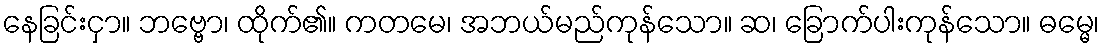
နေခြင်းငှာ။ ဘဗ္ဗော၊ ထိုက်၏။ ကတမေ၊ အဘယ်မည်ကုန်သော။ ဆ၊ ခြောက်ပါးကုန်သော။ ဓမ္မေ၊